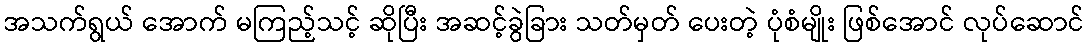
အသက်ရွယ် အောက် မကြည့်သင့် ဆိုပြီး အဆင့်ခွဲခြား သတ်မှတ် ပေးတဲ့ ပုံစံမျိုး ဖြစ်အောင် လုပ်ဆောင်